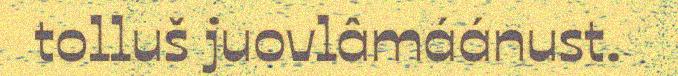
tolluš juovlâmáánust.